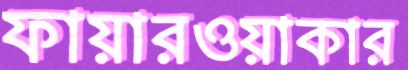
ফায়ারওয়াকার